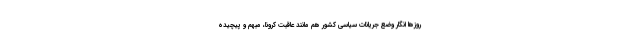
روزها انگار وضع جریانات سیاسی کشور هم مانند عاقبت کرونا، مبهم و پیچیده